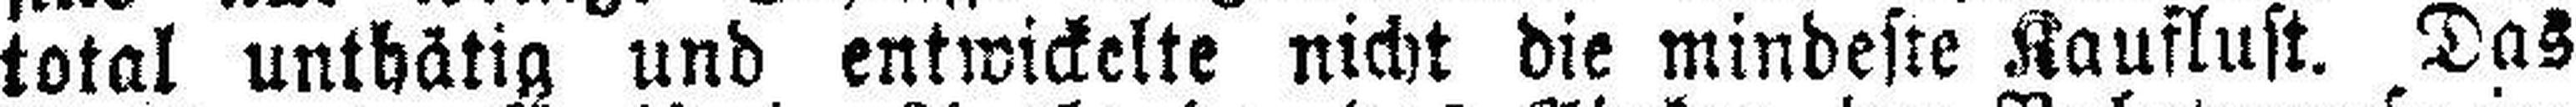
total unthätig und entwickelte nicht die mindeste Kauflust. Das